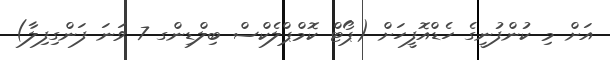
އަށް މި ކުންފުނީގެ ހެޑްއޮފީހަށް (ޕޯޓް ކޮމްޕްލެކްސް ބިލްޑިންގ 7 ވަނަ ފަންގިފިލާ)